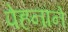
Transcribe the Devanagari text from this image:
पेहनाने